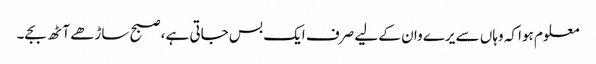
معلوم ہوا کہ وہاں سے یرے وان کے لیے صرف ایک بس جاتی ہے، صبح ساڑھے آٹھ بجے۔